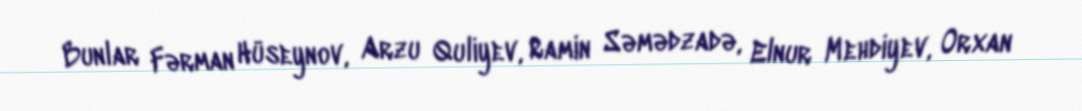
Bunlar Fərman Hüseynov, Arzu Quliyev, Ramin Səmədzadə, Elnur Mehdiyev, Orxan